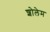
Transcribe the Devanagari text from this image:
शोलेम